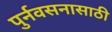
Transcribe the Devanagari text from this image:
पुर्नवसनासाठी